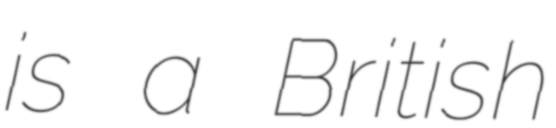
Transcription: is a British